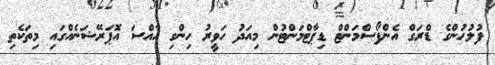
ފުލުހުންގެ ޑްރަގް އެންފޯސްމަންޓް ޑިޕާޓްމަންޓުން މިއަދު ހަވީރު ހިންގި ހާއްސަ އޮޕަރޭޝަނެއްގައި މިތަކެތި